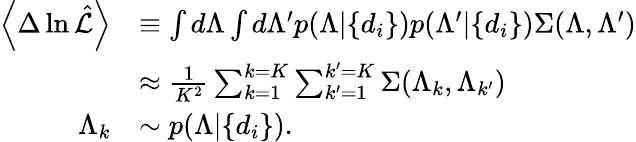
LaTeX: \begin{array}{rl}{\left\langle\Delta\ln\hat{\cal L}\right\rangle}&{\equiv\int d\Lambda\int d\Lambda^{\prime}p(\Lambda|\{ d_{i}\} )p(\Lambda^{\prime}|\{ d_{i}\} )\Sigma(\Lambda,\Lambda^{\prime})}\\ &{\approx\frac{1}{K^{2}}\sum_{k=1}^{k=K}\sum_{k^{\prime}=1}^{k^{\prime}=K}\Sigma(\Lambda_{k},\Lambda_{k^{\prime}})}\\ {\Lambda_{k}}&{\sim p(\Lambda|\{ d_{i}\} ).}\end{array}